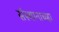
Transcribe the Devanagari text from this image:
संस्थानाच्य्हा